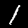
Label: 1